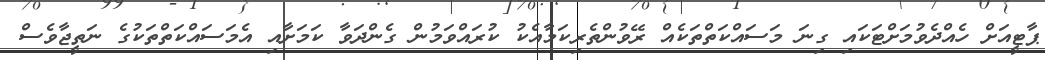
ޕާޓީއަށް ހެއްދެވުމަށްޓަކައި ގިނަ މަސައްކަތްތަކެއް ރޭވުންތެރިކަމާއެކު ކުރައްވަމުން ގެންދަވާ ކަމަށާއި އެމަސައްކަތްތަކުގެ ނަތީޖާވެސް